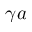
\gamma a